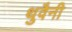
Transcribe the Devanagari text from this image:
थुवैनी